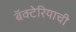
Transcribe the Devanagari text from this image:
बॅक्टेरियाची